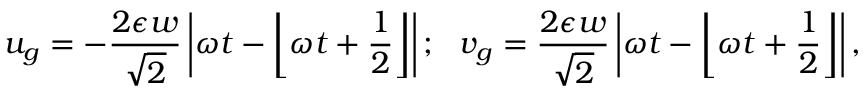
u _ { g } = - \frac { 2 \epsilon w } { \sqrt { 2 } } \left| \omega t - \left\lfloor \omega t + \frac { 1 } { 2 } \right\rfloor \right| ; \ \ v _ { g } = \frac { 2 \epsilon w } { \sqrt { 2 } } \left| \omega t - \left\lfloor \omega t + \frac { 1 } { 2 } \right\rfloor \right| ,